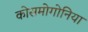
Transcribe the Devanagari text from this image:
कोसमोगोनिया